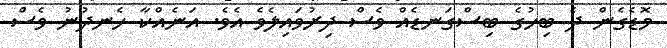
މޮޑެގެން ދެ ބިހުގެ ބިސްގަނޑެއް ވެސް ދިރުވައިލެވެ އެވެ. އަނެއްކާ ހެނދުނު ވެސް